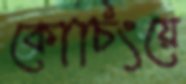
কোচিংয়ে